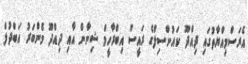
އެރަސްމިއްޔާތުގައި ދިއްދޫ ކައުންސިލްގެ ރައީސް އިބްރާހީމް ޝިނާން އާއި ދިއްދޫ މެންބަރު އަބްދުލް